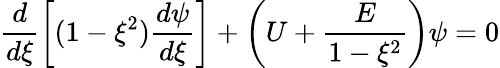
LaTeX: \frac{d}{d\xi}\left[(1-\xi^{2})\frac{d\psi}{d\xi}\right]+\left(U+\frac{E}{1-\xi^{2}}\right)\psi=0